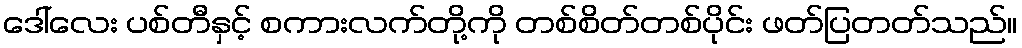
ဒေါ်လေး ပစ်တီနှင့် စကားလက်တို့ကို တစ်စိတ်တစ်ပိုင်း ဖတ်ပြတတ်သည်။